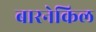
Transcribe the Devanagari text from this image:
बारनेकिल